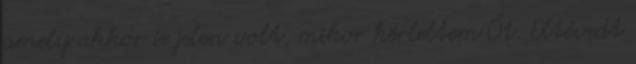
amely akkor is jelen volt, mikor kérleltem Őt. Eltévedt